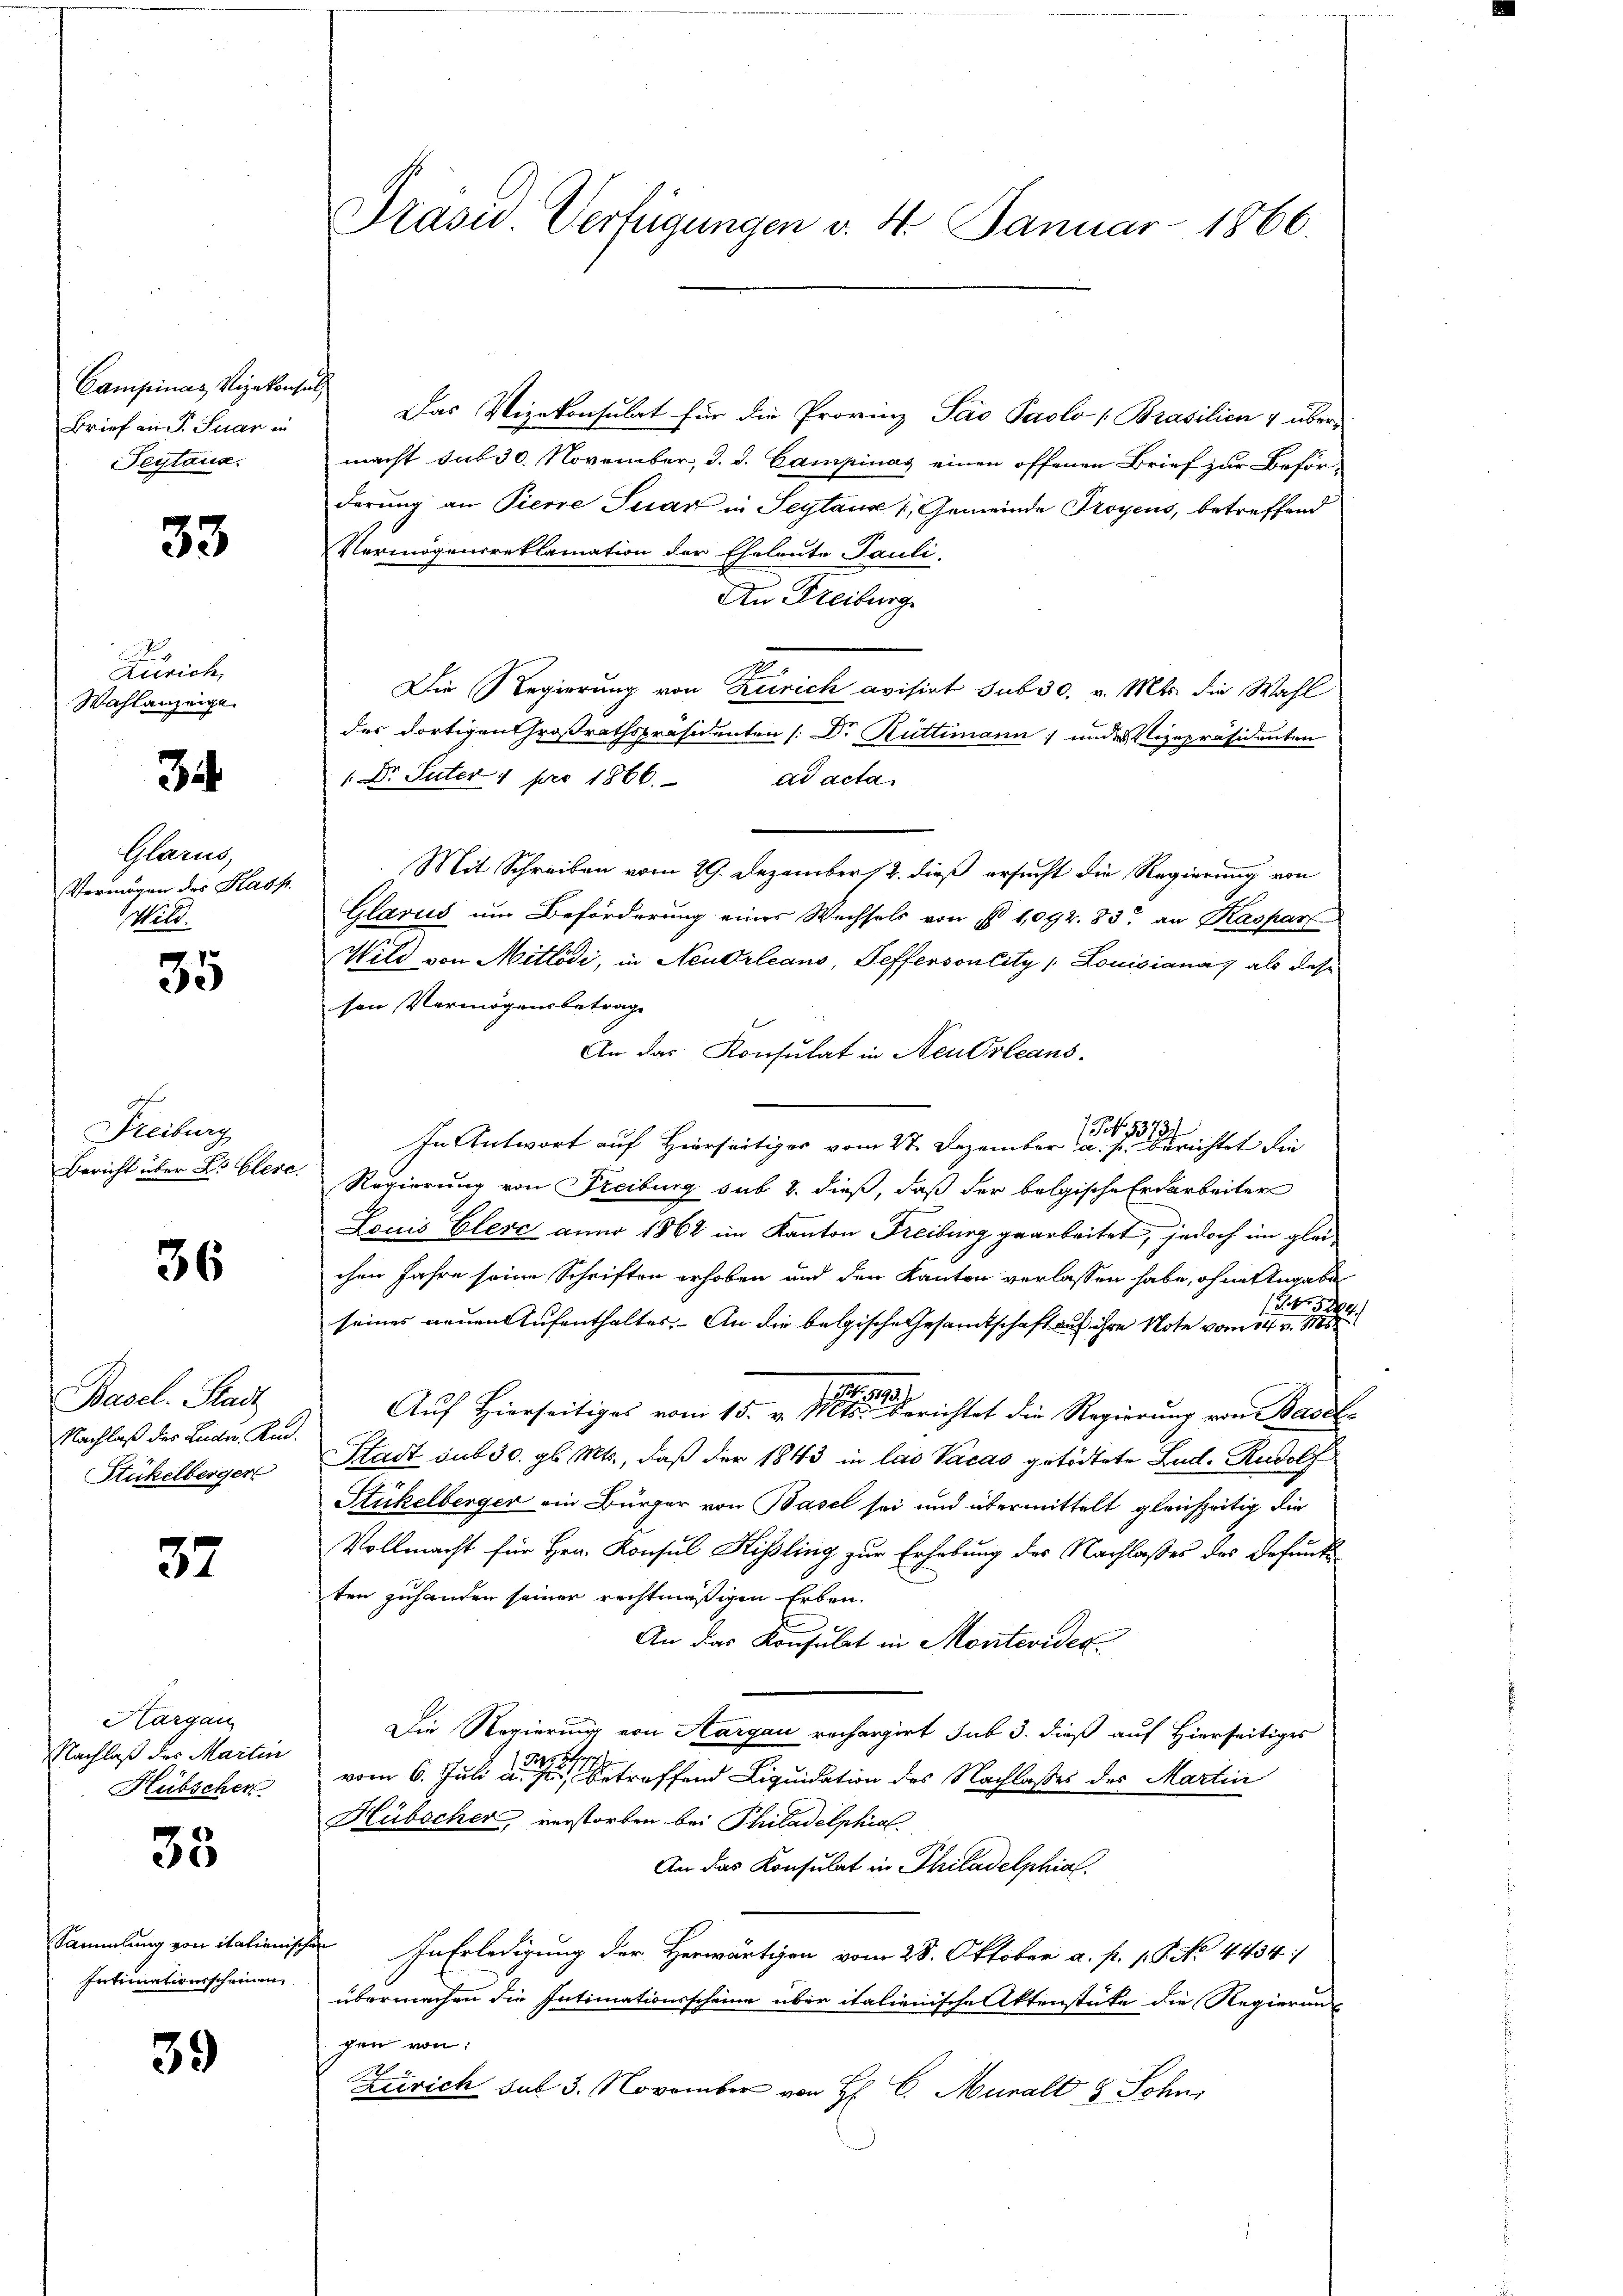
Campinas Vizekonsen
Brief an Fr. Suar in
Peytaus

33

.
Zürich,
Wahlanzeige

3i

Glarus
Vermögen des Kass
Mit.

35

Freiburg
Bericht über Dr. Glesc

36

Basel. Stadt
Nachlaß des Lieder Am¬
Stückelberger

37

Hargau
Nachlaß des Martin
Hübscher

35

Sammlung von italieng
Intimationsscheinen

39

Präsid Verfügungen d. 4. Januar 1866.

Das Vizekonsulat für die Provinz Pao Paolo [Brasilien & übermacht sub 30. November, d. d. Campinas einen offenen Brief zur Beför-
derung an Pierre Suár in Segtause 1, Gemeinde Troyens, betreffend
Vermögensreklamation der Eheleute Pauli.
An Freiburg
2
Die Regierung von Zürich avisirt sub 30. v. Mts. die Wahl
das dortigen Großrathspräsidenten /: Dr. Rüttimann; ander Vizepräsidenten
1 Dr. Suter 1 pro 1866.
ad acta
Mit Schreiben vom 29. Dezember 12. dieß ersucht die Regierung von
Glarus um Beförderung eines Wechsels von § 1092. 83. an Kaspar
Wild von Mitlödi, in Neudrleans, Seffersonlity / Louisiana, als dase
sen Vermögensbetrage
An das Konsulat in Neusleans
(NNo. 53737
In Antwort auf Hierseitiges vom 27. Dezember a. p. berichtet die
Regierung von Freiburg sub 8. dieß, daß der belgische Erdarbeiter
Louis Elerc anno 1862 im Kanton Freiburg gearbeitet, jedoch im gleichen Jahre seine Schriften erhoben und den Kanton verlassen habe, ohnes Angabe
3. 384.
seines neuen Aufenthaltes. An die belgische Gesandtschaft auf ihre Note vom 14. v. Ms.
Auf Hierseitiges vom 15. v. M. Berichtet die Regierung von Basel
Stadt sub 30. gl. Mts., daß der 1843 in las Vacas getödtete Lud. Rudolf
Stickelberger ein Bürger von Basel sei und übermittelt gleichzeitig die
Vollmacht für Hrn. Konsul Hisling zur Erhebung des Nachlaßes des Befunde
ten zuhanden seiner rechtmäßigen Erben.
An das Konsulat in Montevider
Die Regierung von Aargau rechargirt sub 3. dieß auf Hierseitiges
Sepp St
vom 6. Juli a. p. betreffend Liquidation des Nachlasses des Martin
Hübscher, verstorben bei Philadelphial
An das Konsulat in Philadelphial.
In Erledigung der Herwärtigen vom 28. Oktober a. p. p. P. No 4454/
übermachen die Intimationsscheine über italienische Aktenstüke die Regierung
gen von
Zürich sub 3. November von H. C. Muralt & Sohn,